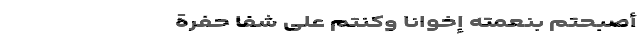
َأَصْبَحْتُمْ بِنِعْمَتِهِ إِخْوَانًا وَکُنْتُمْ عَلَی شَفَا حُفْرَةٍ